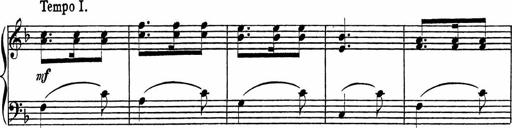
Title: Piano Sonatinas
Composer: Charles Fradel